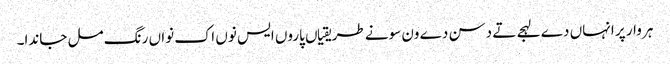
ہر وار پر انہاں دے لہجے تے دسن دے ون سونے طریقیاں پاروں ایس نوں اک نواں رنگ مل جاندا۔